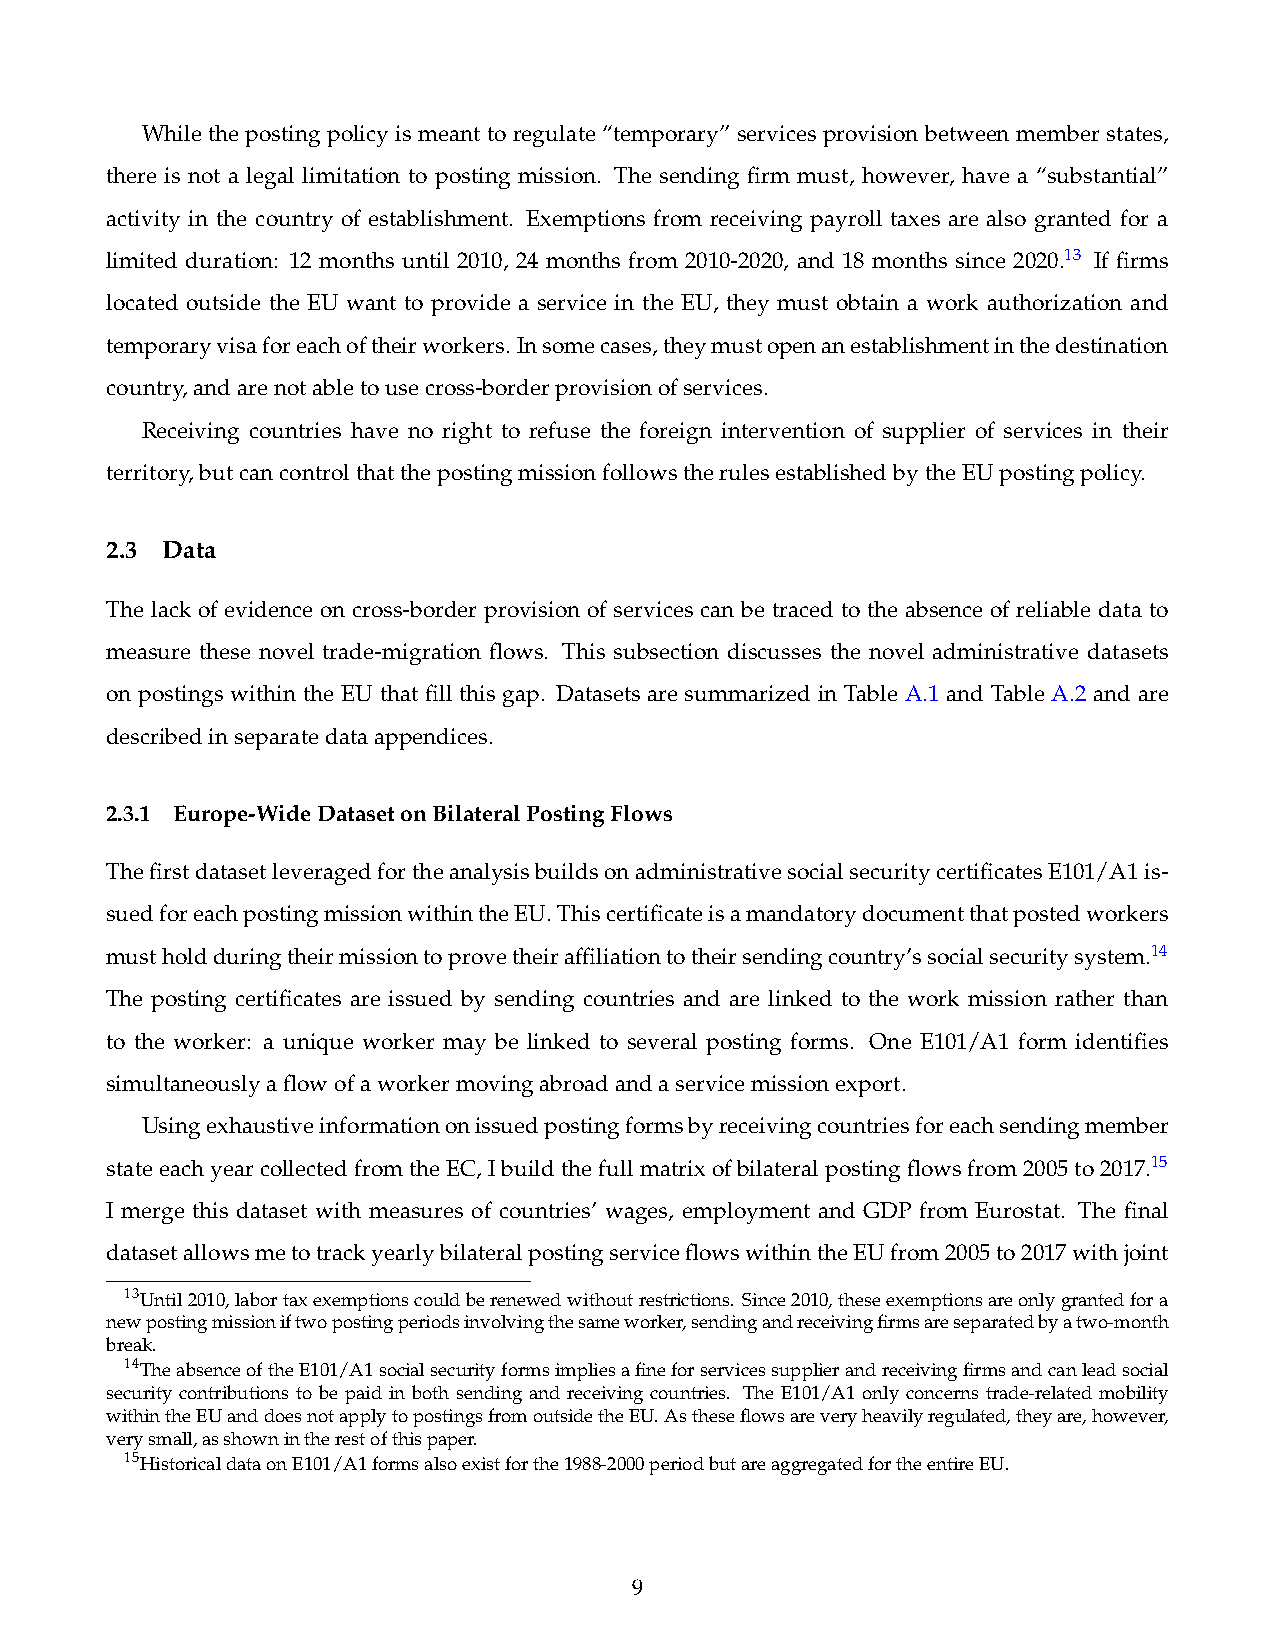
While the posting policy is meant to regulate “temporary” services provision between member states,
 there is not a legal limitation to posting mission. The sending firm must, however, have a “substantial”
 activity in the country of establishment. Exemptions from receiving payroll taxes are also granted for a
 limited duration: 12 months until 2010, 24 months from 2010-2020, and 18 months since 2020.13 If firms
 located outside the EU want to provide a service in the EU, they must obtain a work authorization and
 temporaryvisaforeachoftheirworkers. Insomecases,theymustopenanestablishmentinthedestination
 country,andarenotabletousecross-borderprovisionofservices.
 Receiving countries have no right to refuse the foreign intervention of supplier of services in their
 territory,butcancontrolthatthepostingmissionfollowstherulesestablishedbytheEUpostingpolicy.
 2.3 Data
 The lack of evidence on cross-border provision of services can be traced to the absence of reliable data to
 measure these novel trade-migration flows. This subsection discusses the novel administrative datasets
 on postings within the EU that fill this gap. Datasets are summarized in Table A.1 and Table A.2 and are
 describedinseparatedataappendices.
 2.3.1 Europe-WideDatasetonBilateralPostingFlows
 ThefirstdatasetleveragedfortheanalysisbuildsonadministrativesocialsecuritycertificatesE101/A1is-
 suedforeachpostingmissionwithintheEU.Thiscertificateisamandatorydocumentthatpostedworkers
 mustholdduringtheirmissiontoprovetheiraffiliationtotheirsendingcountry’ssocialsecuritysystem.14
 The posting certificates are issued by sending countries and are linked to the work mission rather than
 to the worker: a unique worker may be linked to several posting forms. One E101/A1 form identifies
 simultaneouslyaflowofaworkermovingabroadandaservicemissionexport.
 Usingexhaustiveinformationonissuedpostingformsbyreceivingcountriesforeachsendingmember
 stateeachyearcollectedfromtheEC,Ibuildthefullmatrixofbilateralpostingflowsfrom2005to2017.15
 I merge this dataset with measures of countries’ wages, employment and GDP from Eurostat. The final
 datasetallowsmetotrackyearlybilateralpostingserviceflowswithintheEUfrom2005to2017withjoint
 13Until2010,labortaxexemptionscouldberenewedwithoutrestrictions. Since2010,theseexemptionsareonlygrantedfora
 newpostingmissioniftwopostingperiodsinvolvingthesameworker,sendingandreceivingfirmsareseparatedbyatwo-month
 break.
 14TheabsenceoftheE101/A1socialsecurityformsimpliesafineforservicessupplierandreceivingfirmsandcanleadsocial
 security contributions to be paid in both sending and receiving countries. The E101/A1 only concerns trade-related mobility
 withintheEUanddoesnotapplytopostingsfromoutsidetheEU.Astheseflowsareveryheavilyregulated,theyare,however,
 verysmall,asshownintherestofthispaper.
 15HistoricaldataonE101/A1formsalsoexistforthe1988-2000periodbutareaggregatedfortheentireEU.
 9